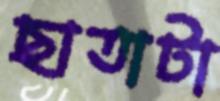
ছাতাটা